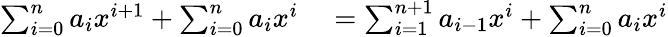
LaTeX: \begin{array}{rl}{\sum_{i=0}^{n}a_{i}x^{i+1}+\sum_{i=0}^{n}a_{i}x^{i}}&{{}=\sum_{i=1}^{n+1}a_{i-1}x^{i}+\sum_{i=0}^{n}a_{i}x^{i}}\end{array}